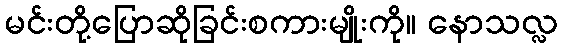
မင်းတို့ပြောဆိုခြင်းစကားမျိုးကို။ နောသလ္လ